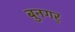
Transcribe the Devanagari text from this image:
बुनगर्